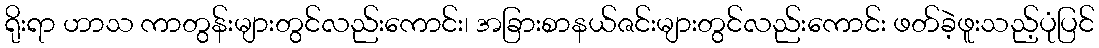
ရိုးရာ ဟာသ ကာတွန်းများတွင်လည်းကောင်း၊ အခြားစာနယ်ဇင်းများတွင်လည်းကောင်း ဖတ်ခဲ့ဖူးသည့်ပုံပြင်